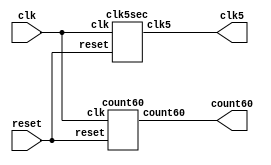
`timescale 1ns/1ns

module clocks(clk, reset, count60,clk5);
	input clk, reset;
	output [5:0] count60;
	output clk5;
	
	count60 frame(clk,reset,count60);
	clk5sec eventClock(clk,reset,clk5);
endmodule

//From 0 to 59, then 20/50mil more ticks at count60=60
module count60(input clk, reset, output [5:0] count60);
	reg [25:0] count;
	
	always@(posedge clk) begin
		if(reset | (count==26'd50000000))
			count <= 26'd0;
		else if(count < 26'd50000000)
			count <= count + 1'b1;
	end

	assign count60 = count / 20'd833333;
endmodule

//clk5 ticks once every 5 seconds
module clk5sec(input clk, reset, output clk5);
	reg [27:0] count;
	always@(posedge clk) begin
		if(reset | count==28'd250000000)
			count <= 28'd0;
		else if(count<28'd250000000)
			count <= count + 1'b1;
	end
	assign clk5 = (count==28'd250000000) ? 1'b1 : 1'b0;
endmodule